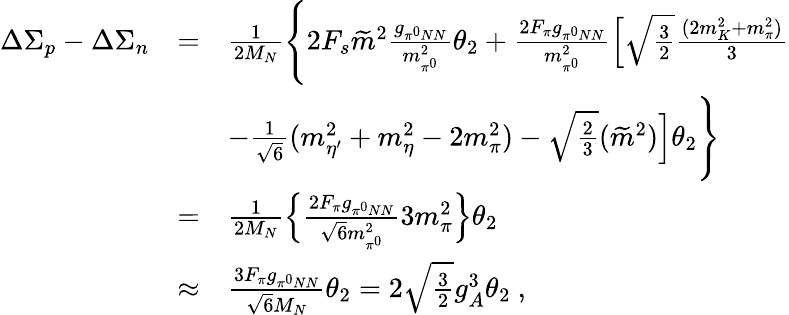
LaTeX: \begin{array}{rcl}{{\Delta\Sigma_{p}-\Delta\Sigma_{n}}}&{{=}}&{{\frac{1}{2M_{N}}\Bigg\{ 2F_{s}\widetilde m^{2}\frac{g_{\pi^{0}NN}}{m_{\pi^{0}}^{2}}\theta_{2}+\frac{2F_{\pi}g_{\pi^{0}NN}}{m_{\pi^{0}}^{2}}\Big[\sqrt\frac{3}{2}\frac{(2m_{K}^{2}+m_{\pi}^{2})}{3}}}\\ {{}}&{{}}&{{-\frac{1}{\sqrt 6}(m_{\eta^{\prime}}^{2}+m_{\eta}^{2}-2m_{\pi}^{2})-\sqrt\frac{2}{3}(\widetilde m^{2})\Big]\theta_{2}\Bigg\} }}\\ {{}}&{{=}}&{{\frac{1}{2M_{N}}\Big\{ \frac{2F_{\pi}g_{\pi^{0}NN}}{{\sqrt 6}m_{\pi^{0}}^{2}}3m_{\pi}^{2}\Big\} \theta_{2}}}\\ {{}}&{{\approx}}&{{{\frac{3F_{\pi}g_{\pi^{0}NN}}{{\sqrt 6}M_{N}}}\theta_{2}=2\sqrt\frac{3}{2}g_{A}^{3}\theta_{2}~,}}\end{array}